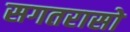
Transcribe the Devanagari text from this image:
सगतरासो